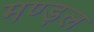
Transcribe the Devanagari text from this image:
मण्ड़ल